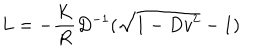
LaTeX: L = - { \frac { K } { R } } D ^ { - 1 } ( \sqrt { 1 - D v ^ { 2 } } - 1 )